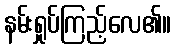
နမ်းရှုပ်ကြည့်လေ၏။